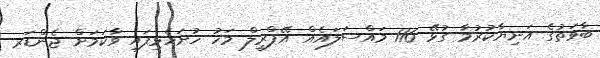
ބާވަތުގެ އަނިޔާކުރުމާ ގުޅޭ 116 މައްސަލައެއް އޭޕްރީލް މަހު ހުށަހެޅިފައި ވާކަމަށް ޖެންޑަރ